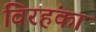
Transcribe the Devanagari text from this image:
विरहंका